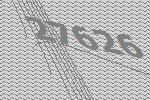
27626